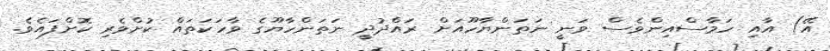
އޭ) އާއި ހަމާސްއިންވެސް ވަނީ ނަތަންޔާހޫއަށް ރައްދުދީ ނަތަންހާޔޫގެ ވާހަކަތައް ކުށްވެރި ކޮށްފައެވެ.